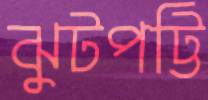
ঝুটপট্টি